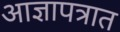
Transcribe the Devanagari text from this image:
आज्ञापत्रात